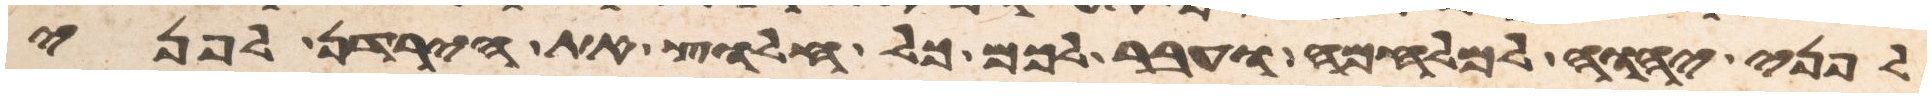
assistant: לפני יהוה למלחמה ועבר לכם כל חלוץ את הירדן לפני